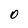
Character: 0